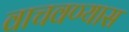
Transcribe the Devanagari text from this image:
वाचवण्यास